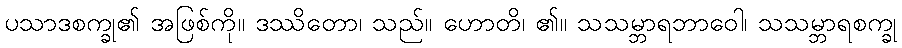
ပသာဒစက္ခု၏ အဖြစ်ကို။ ဒဿိတော၊ သည်။ ဟောတိ၊ ၏။ သသမ္ဘာရဘာဝေါ၊ သသမ္ဘာရစက္ခု